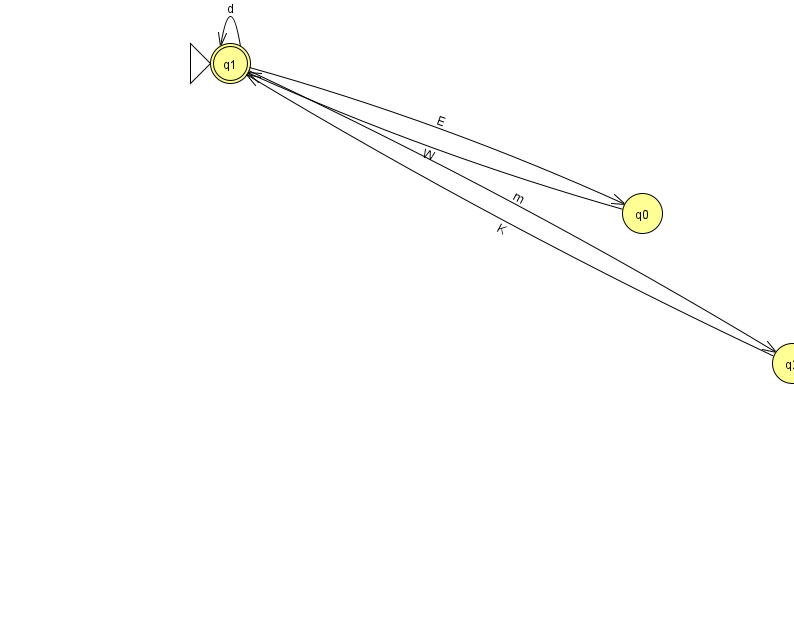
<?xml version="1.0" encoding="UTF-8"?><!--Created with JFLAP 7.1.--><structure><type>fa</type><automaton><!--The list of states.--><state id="0" name="q0"><x>642.0</x><y>200.0</y></state><state id="1" name="q1"><x>230.0</x><y>50.0</y><initial/><final/></state><state id="2" name="q2"><x>792.0</x><y>350.0</y></state><!--The list of transitions.--><transition><from>1</from><to>1</to><read>d</read></transition><transition><from>1</from><to>0</to><read>E</read></transition><transition><from>0</from><to>1</to><read>W</read></transition><transition><from>1</from><to>2</to><read>m</read></transition><transition><from>2</from><to>1</to><read>K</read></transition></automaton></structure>